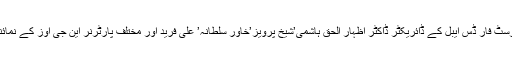
پروگرام کے مہمان خصوصی ڈاکٹر امجدثاقب تھے جبکہ پنجاب ویلفیئر ٹرسٹ فار ڈس ایبل کے ڈائریکٹر ڈاکٹر اظہار الحق ہاشمی’شیخ پرویز’خاور سلطانہ’ علی فرید اور مختلف پارٹرنر این جی اوز کے نمائندہ پرسن کے علاوہ سپیشل بچوں کی ایک بہت بڑی تعداد وہاں موجود تھی۔